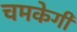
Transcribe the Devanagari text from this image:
चमकेगी